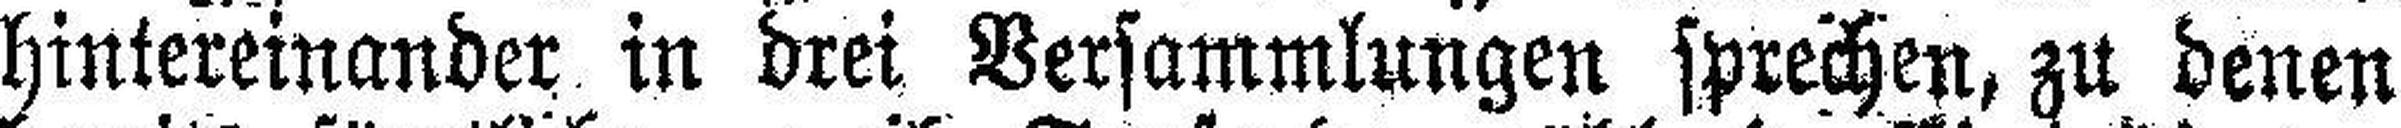
hintereinander in drei Versammlungen sprechen, zu denen